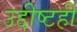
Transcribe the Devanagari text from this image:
उद्दीष्टही